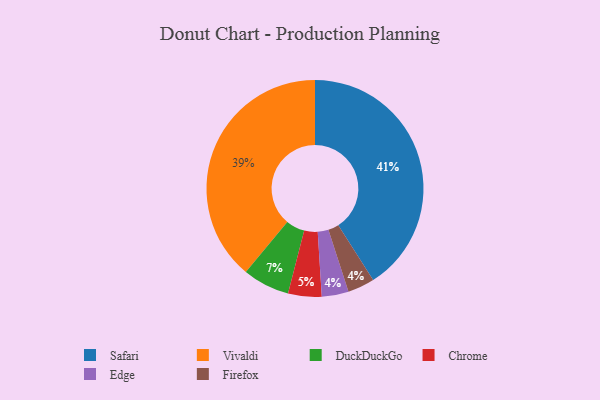
{"axis": {"x": "Category", "y": "Percentage"}, "legend": ["Chrome", "DuckDuckGo", "Edge", "Firefox", "Safari", "Vivaldi"], "data": [{"x": "Edge", "y": 4, "type": "Edge"}, {"x": "Vivaldi", "y": 39, "type": "Vivaldi"}, {"x": "Firefox", "y": 4, "type": "Firefox"}, {"x": "Safari", "y": 41, "type": "Safari"}, {"x": "Chrome", "y": 5, "type": "Chrome"}, {"x": "DuckDuckGo", "y": 7, "type": "DuckDuckGo"}]}